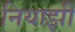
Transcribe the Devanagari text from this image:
नियाझी